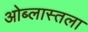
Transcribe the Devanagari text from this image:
ओब्लास्तला